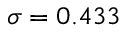
\sigma = 0 . 4 3 3